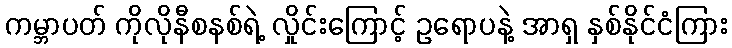
ကမ္ဘာပတ် ကိုလိုနီစနစ်ရဲ့ လှိုင်းကြောင့် ဥရောပနဲ့ အာရှ နှစ်နိုင်ငံကြား